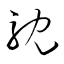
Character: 耽